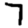
Digit: 7